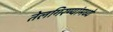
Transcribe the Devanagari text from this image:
तेलगिरण्यांमध्ये